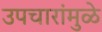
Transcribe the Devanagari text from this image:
उपचारांमुळे